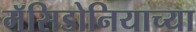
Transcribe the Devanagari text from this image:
मॅसिडोनियाच्या